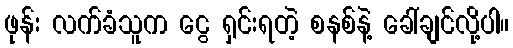
ဖုန်း လက်ခံသူက ငွေ ရှင်းရတဲ့ စနစ်နဲ့ ခေါ်ချင်လို့ပါ။